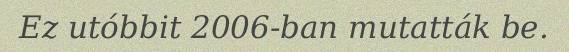
Ez utóbbit 2006-ban mutatták be.